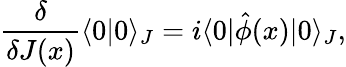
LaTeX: \frac{\delta}{\delta J(x)}\langle 0|0\rangle_{J}=i\langle 0|\hat{\phi}(x)|0\rangle_{J},